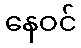
နေဝင်